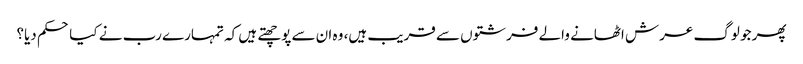
پھر جو لوگ عرش اٹھانے والے فرشتوں سے قریب ہیں، وہ ان سے پوچھتے ہیں کہ تمہارے رب نے کیا حکم دیا؟